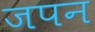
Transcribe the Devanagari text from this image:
जपन